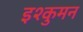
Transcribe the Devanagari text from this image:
इश्कुमन